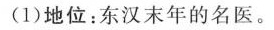
(1)地位：东汉末年的名医。